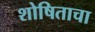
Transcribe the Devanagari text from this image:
शोषिताचा